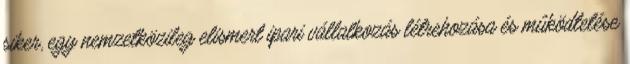
siker, egy nemzetközileg elismert ipari vállalkozás létrehozása és mûködtetése